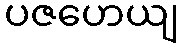
ပဇဟေယျ